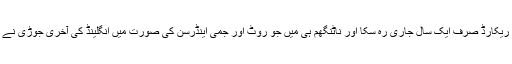
لیکن ان کا یہ ریکارڈ صرف ایک سال جاری رہ سکا اور ناٹنگھم ہی میں جو روٹ اور جمی اینڈرسن کی صورت میں انگلینڈ کی آخری جوڑی نے اسے توڑ دیا۔